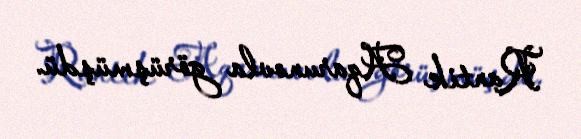
Rantik Aqarunovla görüşmüşdü.